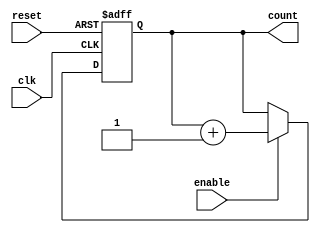
module cascaded_counter #(
    parameter N = 4  // Number of flip-flops (bits)
)(
    input wire clk,       // Clock signal
    input wire reset,     // Asynchronous reset signal
    input wire enable,    // Enable signal
    output reg [N-1:0] count // Counter output
);

// Internal signals for flip-flops
reg [N-1:0] next_count;

// Always block for counter logic
always @(posedge clk or posedge reset) begin
    if (reset) begin
        count <= 0; // Reset counter to 0
    end else if (enable) begin
        count <= next_count; // Update counter
    end
end

// Combinational logic to determine next count value
always @(*) begin
    if (enable) begin
        next_count = count + 1; // Increment the counter
    end else begin
        next_count = count; // Hold current value if not enabled
    end
end

endmodule